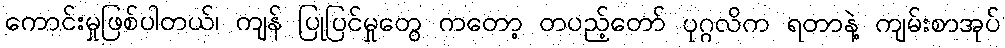
ကောင်းမှုဖြစ်ပါတယ်၊ ကျန် ပြုပြင်မှုတွေ ကတော့ တပည့်တော် ပုဂ္ဂလိက ရတာနဲ့ ကျမ်းစာအုပ်